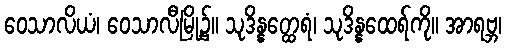
ဝေသာလိယံ၊ ဝေသာလီမြို့၌။ သုဒိန္နတ္ထေရံ၊ သုဒိန္နထေရ်ကို။ အာရဗ္ဘ၊